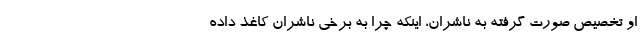
او تخصیص صورت گرفته به ناشران، اینکه چرا به برخی ناشران کاغذ داده